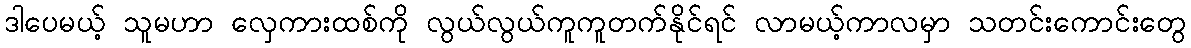
ဒါပေမယ့် သူမဟာ လှေကားထစ်ကို လွယ်လွယ်ကူကူတက်နိုင်ရင် လာမယ့်ကာလမှာ သတင်းကောင်းတွေ